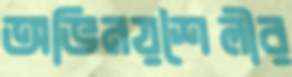
অভিনয়শৈলীর